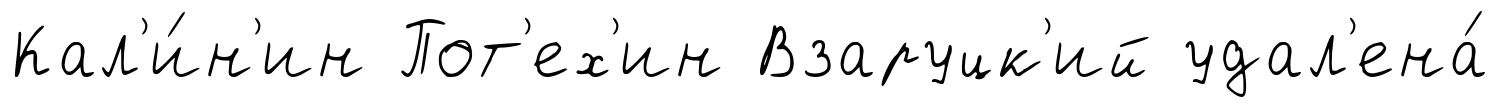
Кал'и́н'ин Пот'ех'ин Взаруцк'ий удал'ена́